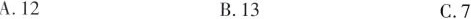
A.12B.13C.7